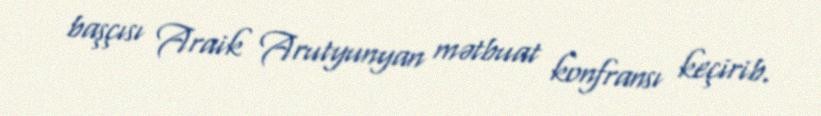
başçısı Araik Arutyunyan mətbuat konfransı keçirib.